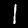
Label: 1